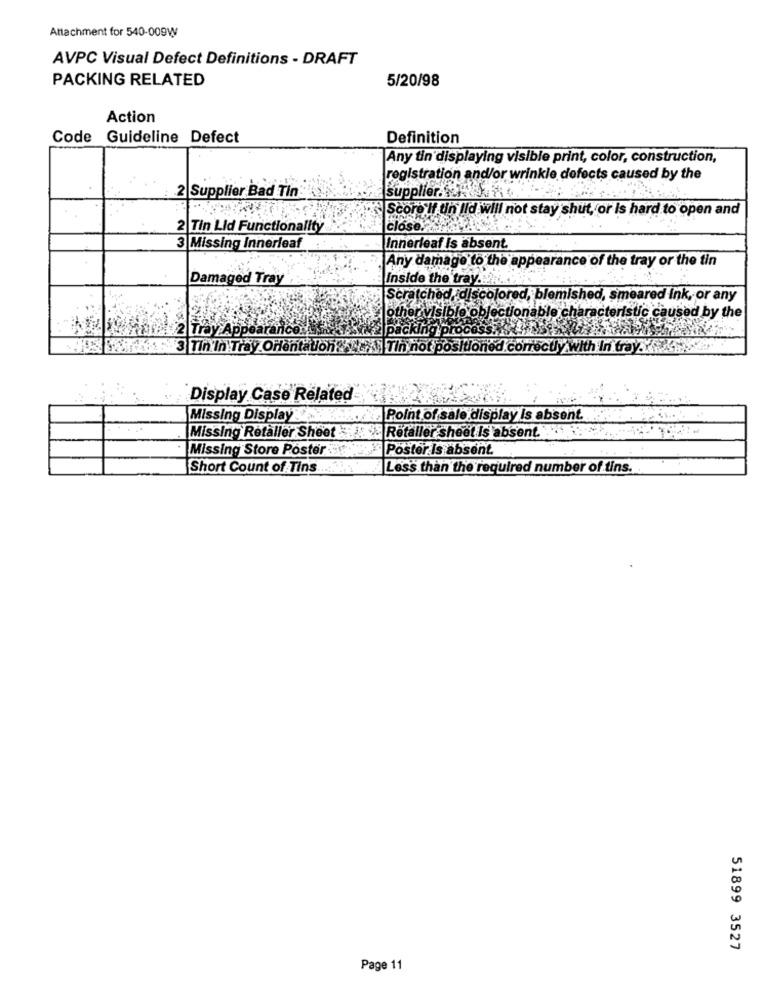
Attachment for 540-009W
AVPC Visual Defect Definitions - DRAFT
PACKING RELATED
5/20/98
Action
Code
Guideline Defect
Definition
Any tin displaying visible print, color, construction,
registration and/or wrinkle defects caused by the
2|Supplier Bad Tin
supplier ...
Score If un Ild will not stay shut, or is hard to open and
2 Tin Lid Functionality
close .?
3 Missing Innerleaf
Innerleaf is absent.
.Any damage to the appearance of the tray or the tin
Damaged Tray
Inside the tray.
Scratch
mished, smeared ink, or any
haracteristic caused by the
3 Tin'In Tray Orientation . ... Tin not positio
y with In tray.Y.
Display Case Related
Missing Display
Point of sale display is absent.
Missing Retaller Sheet . Retaller sheet is absent ...
Missing Store Poster
Poster Is absent.
Short Count of Tins
Less than the required number of tins.
51899 3527
Page 11